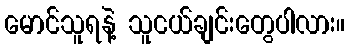
မောင်သူရနဲ့ သူငယ်ချင်းတွေပါလား။